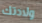
ولادتك